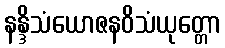
နန္ဒိသံယောဇနဝိသံယုတ္တော